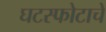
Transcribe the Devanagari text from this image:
घटस्फोटाचे